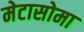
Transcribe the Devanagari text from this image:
मेटासोमा